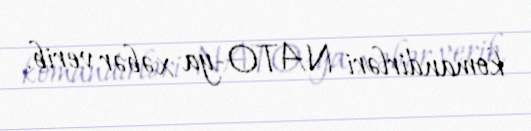
komandirləri NATO-ya xəbər verib.